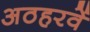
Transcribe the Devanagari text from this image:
अठहरवें